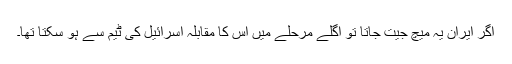
اگر ایران یہ میچ جیت جاتا تو اگلے مرحلے میں اُس کا مقابلہ اسرائیل کی ٹیم سے ہو سکتا تھا۔